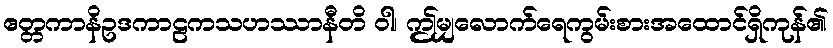
ဧတ္တကာနိဥဒကာဠကသဟဿာနီတိ ဝါ၊ ဤမျှလောက်ရေကွမ်းစားအထောင်ရှိကုန်၏